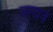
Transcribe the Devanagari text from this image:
जागावे